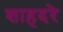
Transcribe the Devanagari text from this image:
शाहदरे